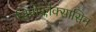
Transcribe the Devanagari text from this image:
सिप्रोफ्लोक्सासिन